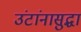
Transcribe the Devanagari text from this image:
उंटांनासुद्धा